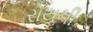
રોયની